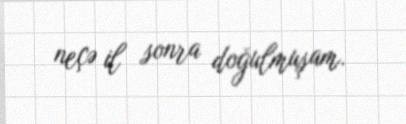
neçə il sonra doğulmuşam.